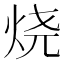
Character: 烧